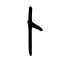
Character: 卜